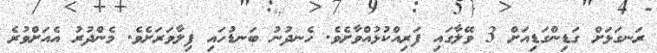
ރަނގަޅަށް ގަޑިންގަޑިއަށް 3 ވޭލާގައި ފަރިއްކުޅުއްވާށެވެ. ހެނދުނު ބަނޑުހައި ފިލާވަރަށެވެ. މެންދުރު އެއަށްވުރެ